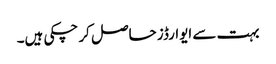
بہت سے ایوارڈز حاصل کر چکی ہیں۔